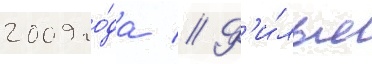
2009 го́да // Ф'и́льм